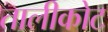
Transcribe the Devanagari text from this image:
तालीकोट